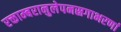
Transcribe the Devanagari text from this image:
रक्ताम्बरानुलेपनस्रगाभरणां